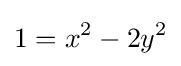
1=x^{2}-2y^{2}